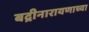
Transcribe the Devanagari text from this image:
बद्रीनारायणाच्या